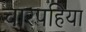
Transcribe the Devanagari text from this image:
चारपहिया